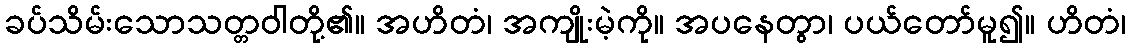
ခပ်သိမ်းသောသတ္တဝါတို့၏။ အဟိတံ၊ အကျိုးမဲ့ကို။ အပနေတွာ၊ ပယ်တော်မူ၍။ ဟိတံ၊